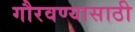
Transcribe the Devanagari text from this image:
गौरवण्यासाठी